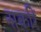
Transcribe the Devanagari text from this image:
सर्कारें